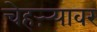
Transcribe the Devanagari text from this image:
चेहऱ्र्‍यावर